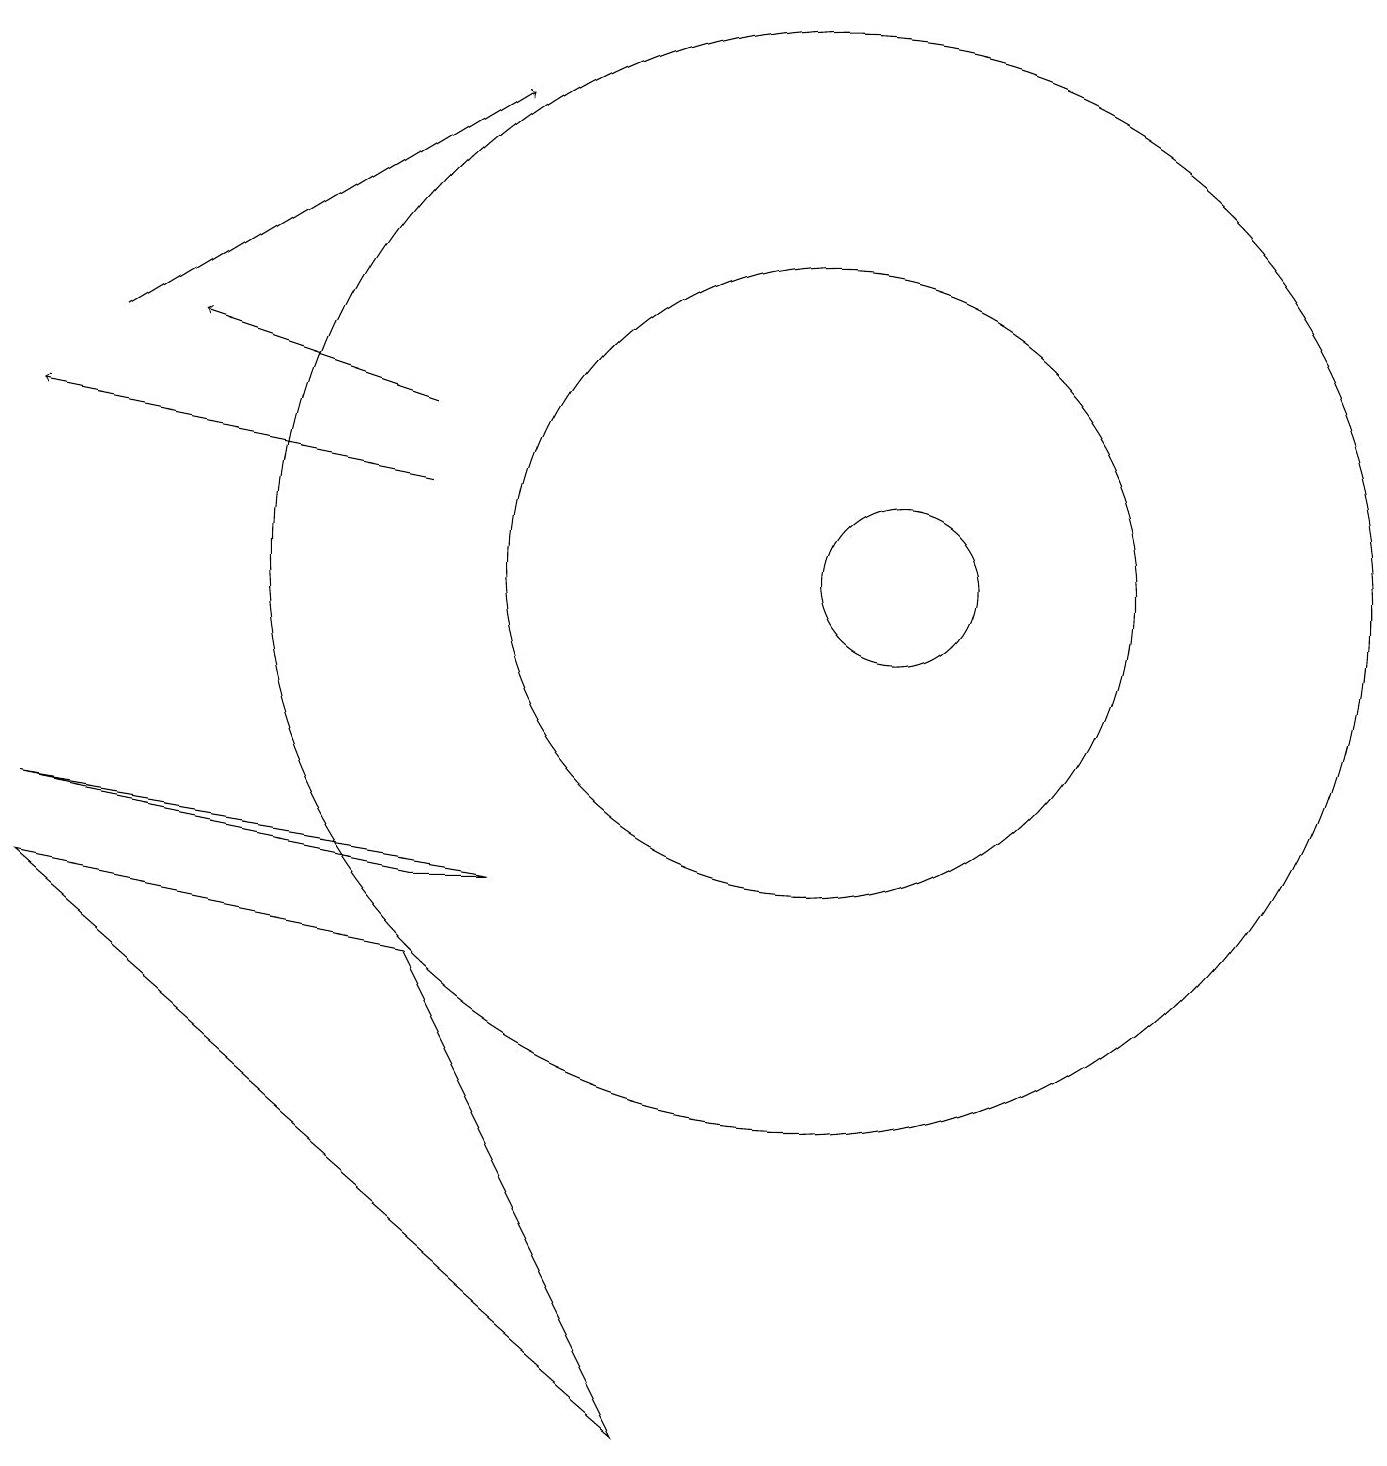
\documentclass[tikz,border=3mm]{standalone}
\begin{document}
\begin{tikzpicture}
\draw (5,6) -- (0,7) -- (8,0) -- cycle;
\draw (5,7) -- (6,7) -- (0,8) -- cycle;
\draw[->] (5,12) -- (0,13);
\draw (11,11) circle (1);
\draw[->] (5,13) -- (2,14);
\draw (10,11) circle (7);
\draw[->] (1,14) -- (6,17);
\draw (10,11) circle (4);
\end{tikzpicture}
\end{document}